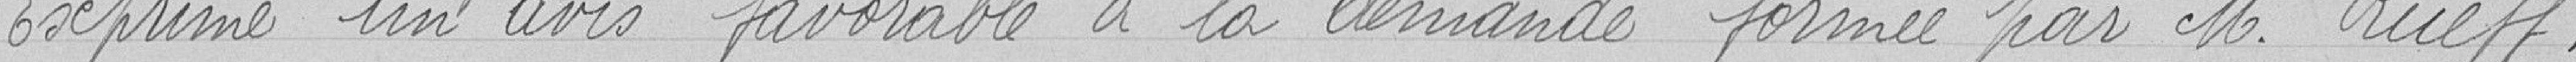
Exprime un avis favorable à la demande formée par M. Rueff.